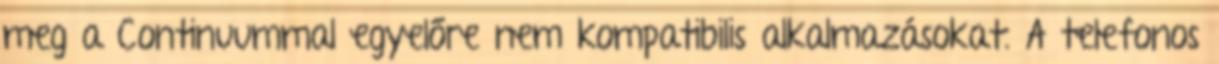
meg a Continuummal egyelőre nem kompatibilis alkalmazásokat. A telefonos